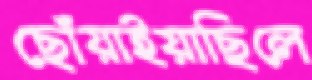
ছোঁয়াইয়াছিলে